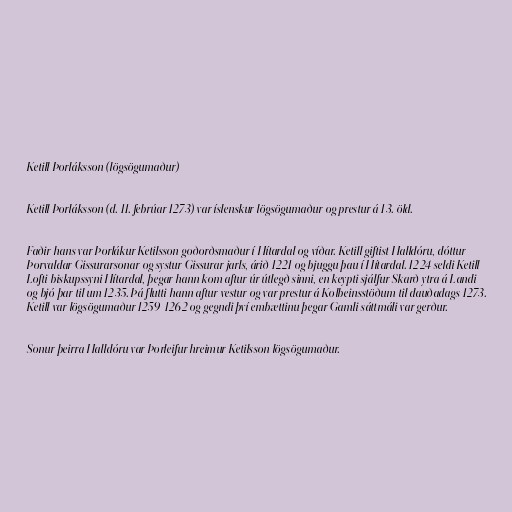
Ketill Þorláksson (lögsögumaður)

Ketill Þorláksson (d. 11. febrúar 1273) var íslenskur lögsögumaður og prestur á 13. öld.

Faðir hans var Þorlákur Ketilsson goðorðsmaður í Hítardal og víðar. Ketill giftist Halldóru, dóttur
Þorvaldar Gissurarsonar og systur Gissurar jarls, árið 1221 og bjuggu þau í Hítardal. 1224 seldi Ketill
Lofti biskupssyni Hítardal, þegar hann kom aftur úr útlegð sinni, en keypti sjálfur Skarð ytra á Landi
og bjó þar til um 1235. Þá flutti hann aftur vestur og var prestur á Kolbeinsstöðum til dauðadags 1273.
Ketill var lögsögumaður 1259-1262 og gegndi því embættinu þegar Gamli sáttmáli var gerður.

Sonur þeirra Halldóru var Þorleifur hreimur Ketilsson lögsögumaður.